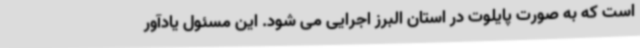
است که به صورت پایلوت در استان البرز اجرایی می شود. این مسئول یادآور